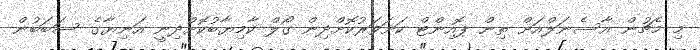
މި މެޗުން އާސެނަލްއަށް ތިން ޕޮއިންޓް ކަށަވަރުކޮށްދިން ގޯލް ކާމިޔާބުކޮށްދިނީ އަނިޔާގެ ސަބަބުން